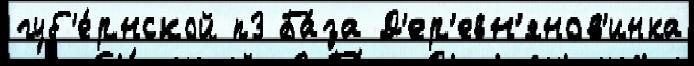
губ'е́рнской п3 Ба́за Д'ер'евн'янов'инка